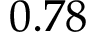
0 . 7 8